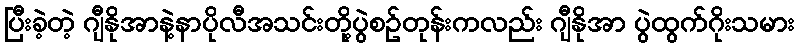
ပြီးခဲ့တဲ့ ဂျီနိုအာနဲ့နာပိုလီအသင်းတို့ပွဲစဥ်တုန်းကလည်း ဂျီနိုအာ ပွဲထွက်ဂိုးသမား